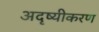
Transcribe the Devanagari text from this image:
अदृष्यीकरण